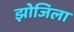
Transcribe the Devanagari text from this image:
झोजिला